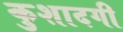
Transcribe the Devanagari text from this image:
कुशादगी